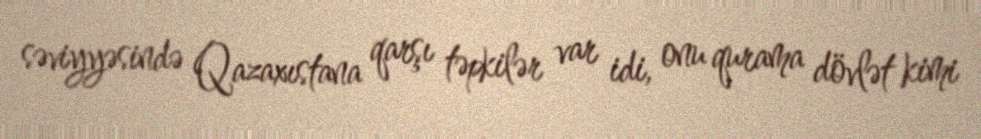
səviyyəsində Qazaxıstana qarşı təpkilər var idi, onu qurama dövlət kimi